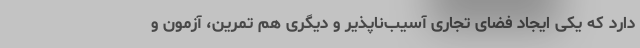
دارد که یکی ایجاد فضای تجاری آسیب‌ناپذیر و دیگری هم تمرین، آزمون و